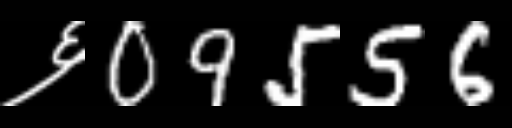
Text: ६09556